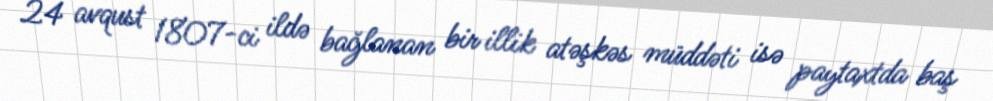
24 avqust 1807-ci ildə bağlanan bir illik atəşkəs müddəti isə paytaxtda baş